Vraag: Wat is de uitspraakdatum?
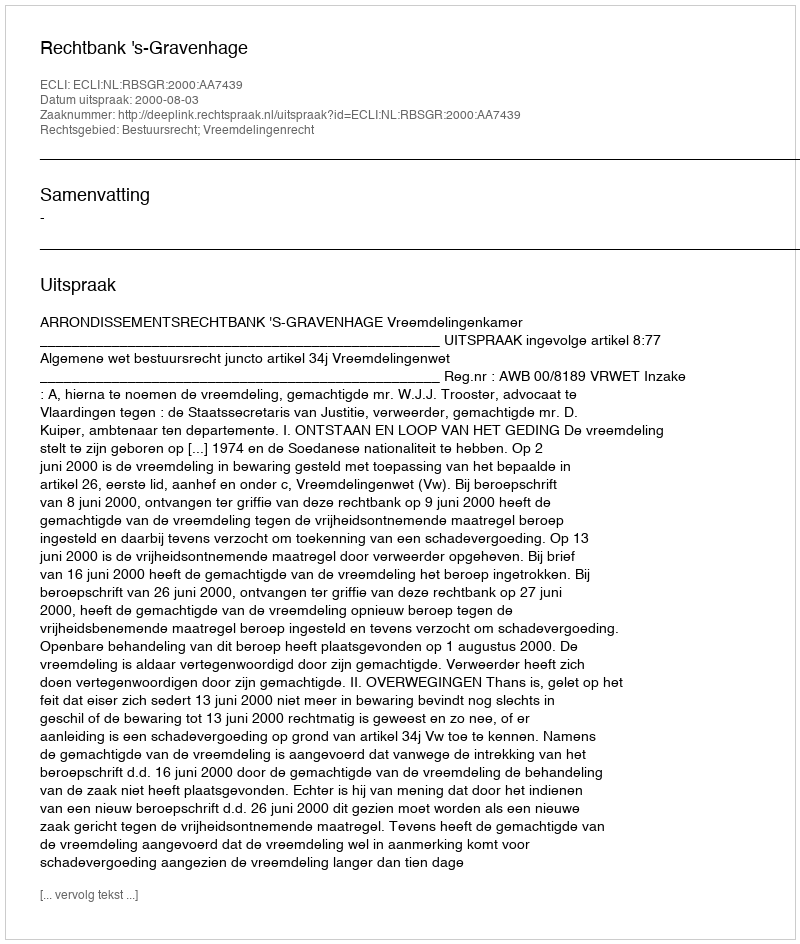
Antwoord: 2000-08-03